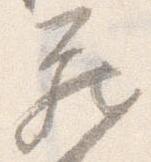
蔵